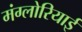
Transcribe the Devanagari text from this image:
मंग्लोरियाई